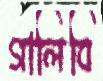
গালিবি